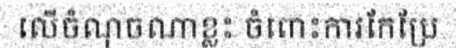
លើចំណុចណាខ្លះ ចំពោះការកែប្រែ